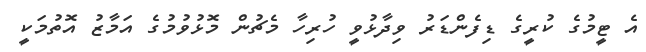
އެ ޓީމުގެ ކުރީގެ ޑިފެންޑަރު ވިދާޅުވީ ހުރިހާ މެޗުން މޮޅުވުމުގެ އަމާޒު އޮތުމަކީ